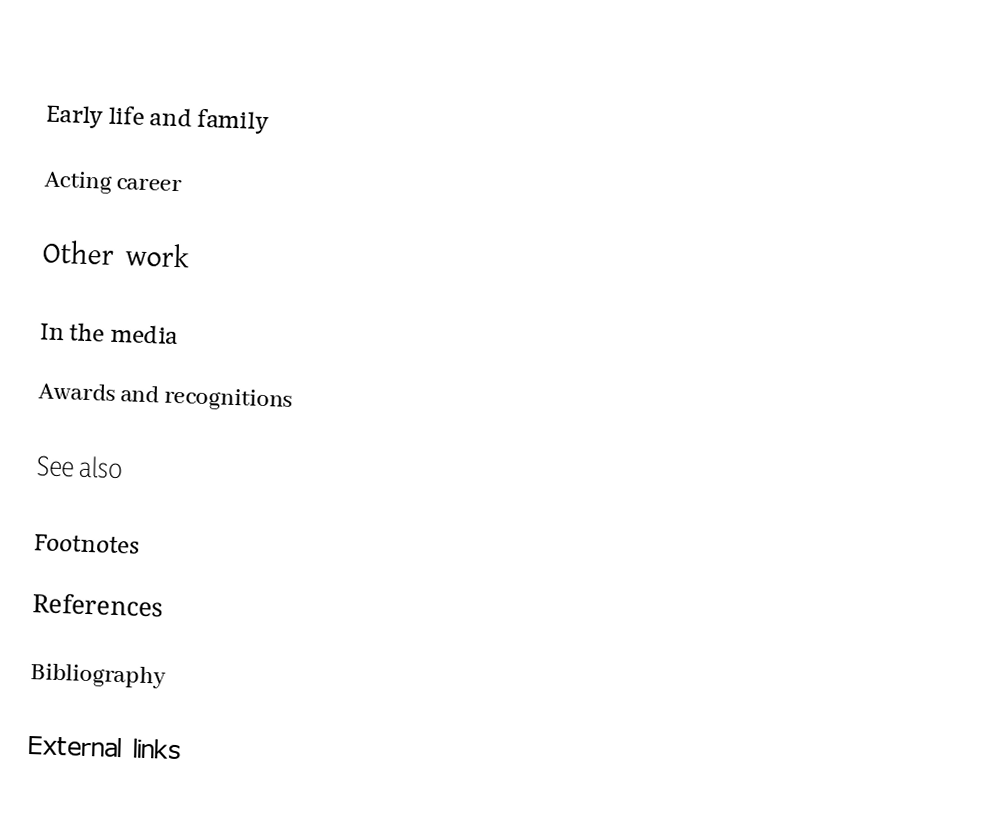

Early life and family

Acting career

Other work

In the media

Awards and recognitions

See also

Footnotes

References

Bibliography

External links